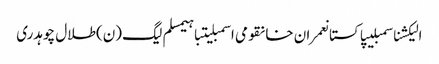
الیکشناسمبلیپاکستانعمران خانقومی اسمبلیتباہیمسلم لیگ (ن)طلال چوہدری